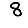
Digit: 8